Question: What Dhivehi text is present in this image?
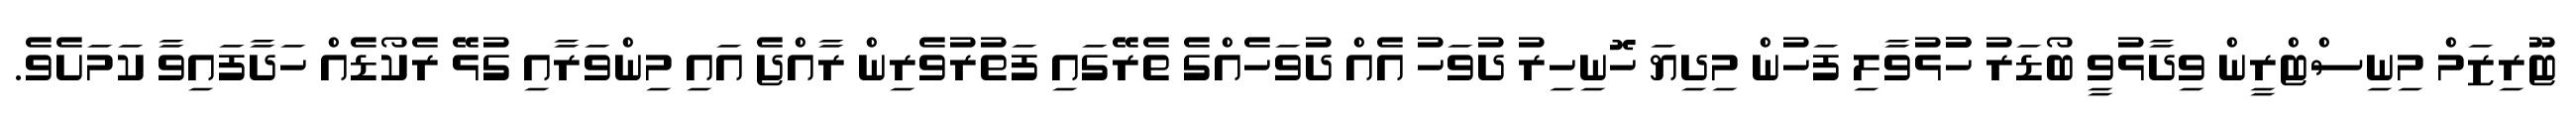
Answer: ޓޫރިޒަމް މިނިސްޓްރީން ވިދާޅުވީ ބޯޑަރު ހުުޅުވާލި ފަހުން މިދިޔަ ހޮނިހިރު ދުވަހު އެއް ދުވަހެއްގެ ތެރޭގައި ފަތުރުވެރިން ރާއްޖެ އައި މިންވަރާއި ގުޅޭ ރެކޯޑެއް ހަދާފައިވާ ކަމަށެވެ.